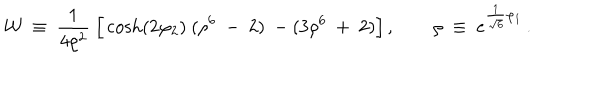
LaTeX: { \cal W } ~ \equiv ~ { \frac { 1 } { 4 \rho ^ { 2 } } } ~ \Big [ \cosh ( 2 \varphi _ { 2 } ) ~ ( \rho ^ { 6 } ~ - ~ 2 ) ~ - ( 3 \rho ^ { 6 } ~ + ~ 2 ) \Big ] \, , \qquad \rho ~ \equiv ~ e ^ { { \frac { 1 } { \sqrt { 6 } } } \varphi _ { 1 } } \, .